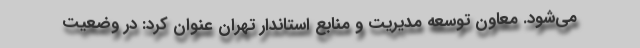
می‌شود. معاون توسعه مدیریت و منابع استاندار تهران عنوان کرد: در وضعیت